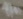
Text: 1n